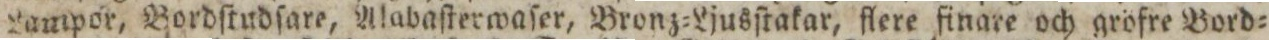
Lampor, Bordſtudſare, Alabaſterwaſer, Bronz=Ljusſtakar, flere finare och gröfre Bord=